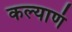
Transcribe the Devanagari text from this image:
कल्याणं